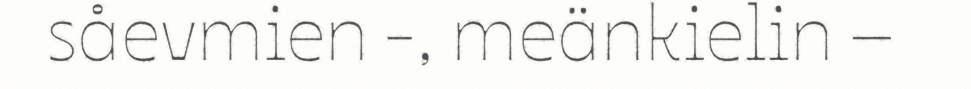
såevmien -, meänkielin –